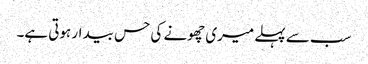
سب سے پہلے میری چھونے کی حس بیدار ہوتی ہے۔